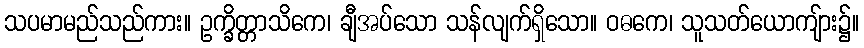
သပမာမည်သည်ကား။ ဥက္ခိတ္တာသိကေ၊ ချီအပ်သော သန်လျက်ရှိသော။ ဝဓကေ၊ သူသတ်ယောကျ်ား၌။